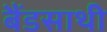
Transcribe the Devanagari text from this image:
बैंडसाथी